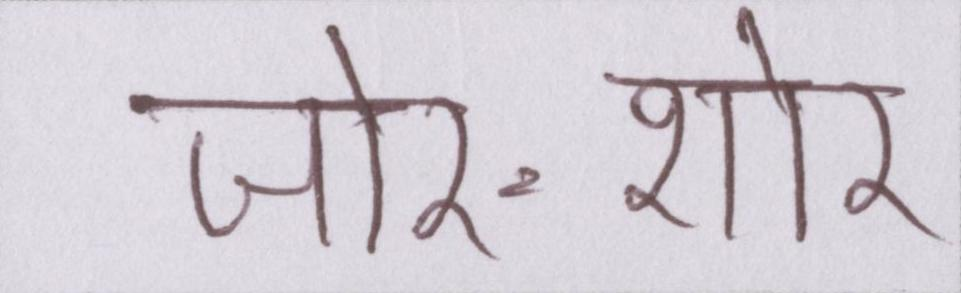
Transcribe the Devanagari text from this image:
जोर-शोर